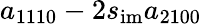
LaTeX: a_{1110}-2s_{\mathrm{im}}a_{2100}